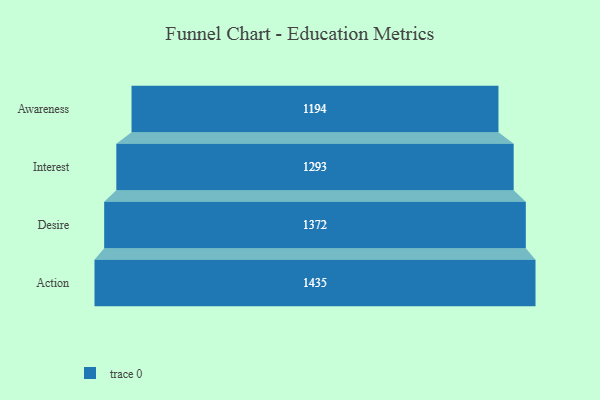
{"axis": {"x": "Stage", "y": "Value"}, "legend": [""], "data": [{"x": "Awareness", "y": 1194.0, "type": ""}, {"x": "Interest", "y": 1293.0, "type": ""}, {"x": "Desire", "y": 1372.0, "type": ""}, {"x": "Action", "y": 1435.0, "type": ""}]}